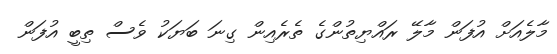
މާލެއަށް އުފަން މާލޭ ރައްޔިތުންގެ ތެރެއިން ގިނަ ބަޔަކު ވެސް ތިބީ އުފަން